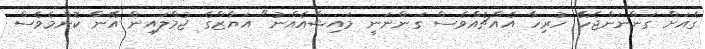
ގެއަށް ގަންނަންޖެހޭ ހުރިހާ އެއްޗެއްވެސް ގަންނަނީ މައިޝާއެއްނު" އަޔާޒްގެ ޖުމްލައިން އޭނާ ކޮންމެވެސް